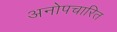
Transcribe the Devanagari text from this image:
अनोपचारित